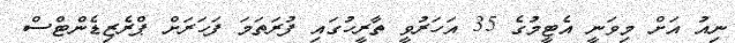
ނިއު އަށް މިވަނީ އެޓީމުގެ 35 އަހަރުވީ ތާރީހުގައި ފުރަތަމަ ފަހަރަށް ޕްރެޒިޑެންޓްސް